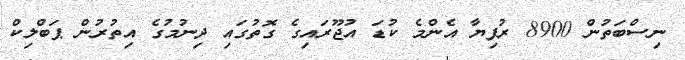
ނިސްބަތުން 8900 ރުފިޔާ އެންމެ ކުޑަ އުޖޫރައިގެ ގޮތުގައި ދިނުމުގެ އިތުރުން ޕަބްލިކް